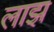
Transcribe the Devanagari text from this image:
लाझ